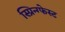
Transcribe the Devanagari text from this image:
स्प्रिन्ग्फेस्ट